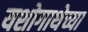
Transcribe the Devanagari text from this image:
यशोगाथेच्या